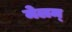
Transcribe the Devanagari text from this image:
मेलम्